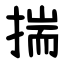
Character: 揣